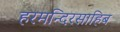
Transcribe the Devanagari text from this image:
हरमन्दिरसाहिब